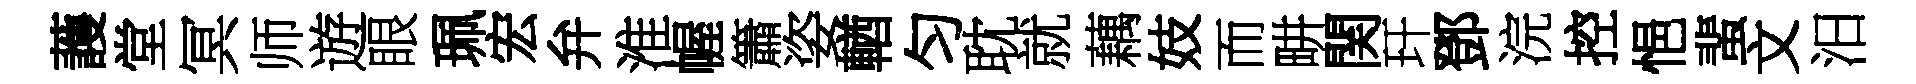
䕶堂冥师遊眼珮宏弁淮幄簫姿輶匀耽就藕妓而畊関玕鄧浣控悒蜚文汨